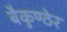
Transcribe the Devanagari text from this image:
बैकुण्ठेर